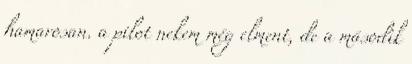
hamarosan. a pilot nekem még elment, de a második